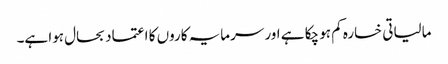
مالیاتی خسارہ کم ہو چکا ہے اور سرمایہ کاروں کا اعتماد بحال ہوا ہے۔